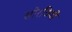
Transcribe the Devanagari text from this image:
सोरठियो